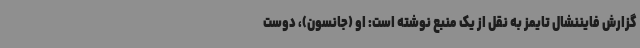
گزارش فایننشال تایمز به نقل از یک منبع نوشته است: او (جانسون)، دوست